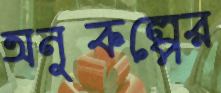
অনুকল্পের